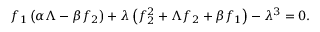
f _ { 1 } \left( \alpha \Lambda - \beta f _ { 2 } \right) + \lambda \left( f _ { 2 } ^ { 2 } + \Lambda f _ { 2 } + \beta f _ { 1 } \right) - \lambda ^ { 3 } = 0 .